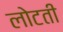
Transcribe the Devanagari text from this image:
लोटती